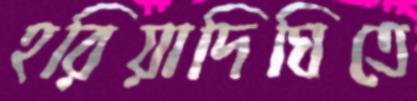
হরিয়াদিঘিতে